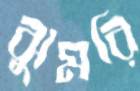
ঝুমরি